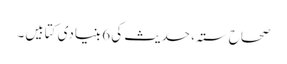
صحاح ستہ، حدیث کی 6 بنیادی کتابیں۔